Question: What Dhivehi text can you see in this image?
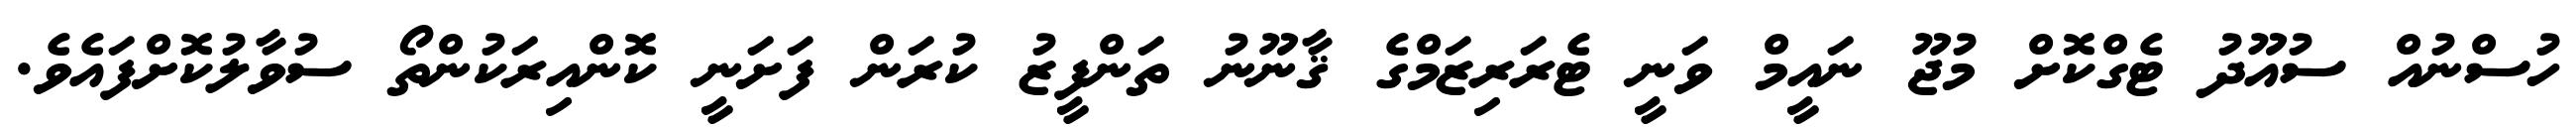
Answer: ހުސްނުއް ސުއޫދު ޓެގްކޮށް މުޖޫ ނައީމް ވަނީ ޓެރަރިޒަމްގެ ޤާނޫނު ތަންފީޒު ކުރަން ފަށަނީ ކޮންއިރަކުންތޯ ސުވާލުކޮށްފައެވެ.